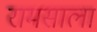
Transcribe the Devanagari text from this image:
रामसाला